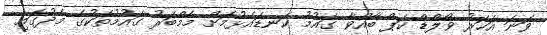
ވަނަ އަހަރު ވޯލްޑް ކަޕް ބާއްވާ ގައުމު ކަނޑައެޅުމަށް މެމްބަރު ގައުމުތަކުގެ މެދުގައި